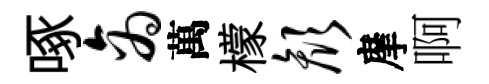
啄商萬檬颜摩啊